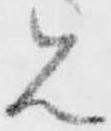
見